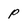
Character: P